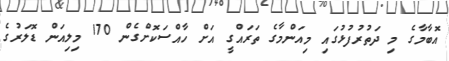
އޮބާމާގެ މި ދަތުރުފުޅުގައި މިއަންމާގެ ތަރައްގީ އަށް ހާއްސަކޮށްގެން 170 މިލިއަން ޑޮލަރުގެ